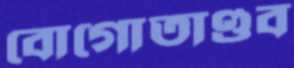
বোগোতাণ্ডব